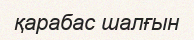
қарабас шалғын